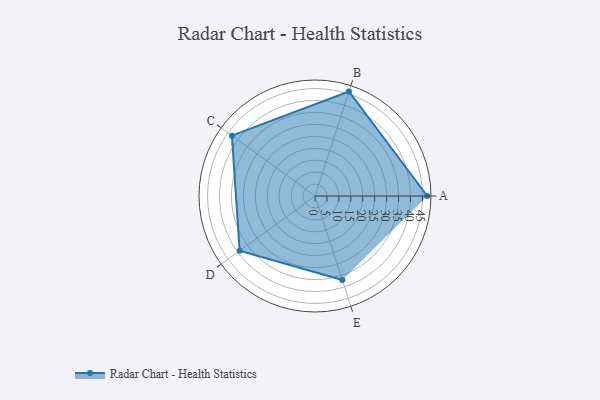
{"axis": {"x": "Skill", "y": "Score"}, "legend": ["Profile"], "data": [{"x": "A", "y": 47.0, "type": "Profile"}, {"x": "B", "y": 46.0, "type": "Profile"}, {"x": "C", "y": 43.0, "type": "Profile"}, {"x": "D", "y": 39.0, "type": "Profile"}, {"x": "E", "y": 37.0, "type": "Profile"}]}